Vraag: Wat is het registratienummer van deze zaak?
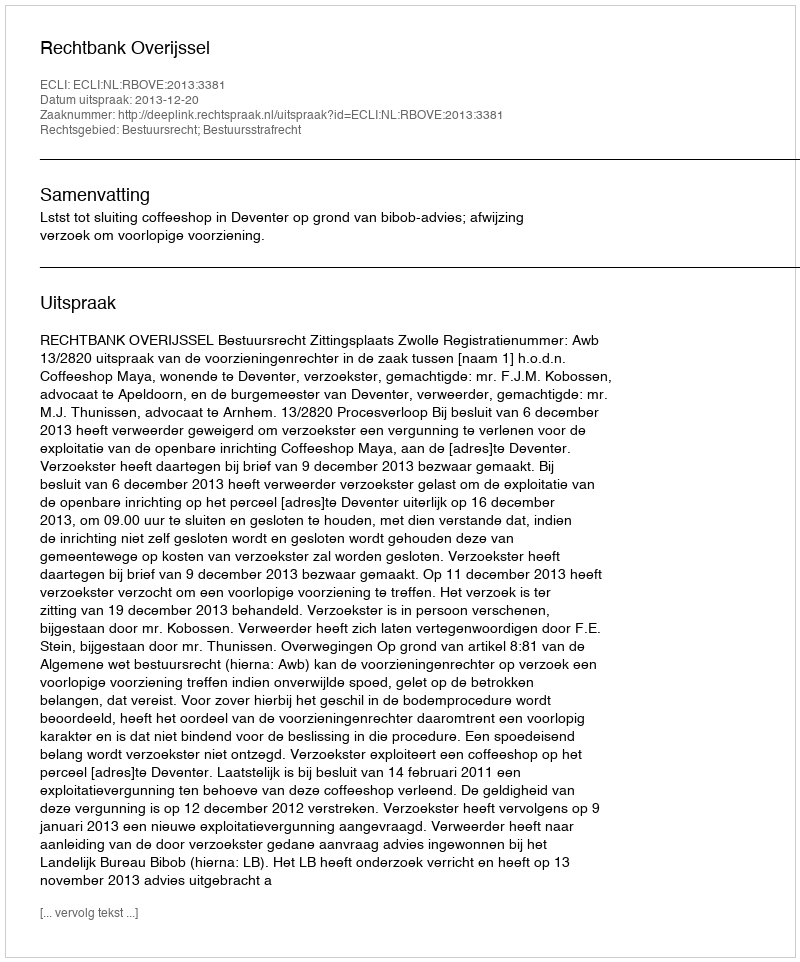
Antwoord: http://deeplink.rechtspraak.nl/uitspraak?id=ECLI:NL:RBOVE:2013:3381